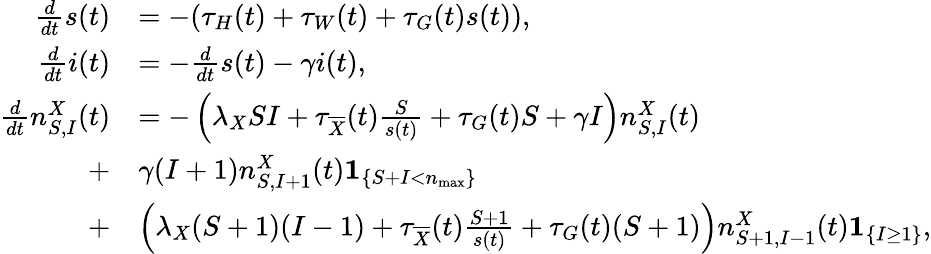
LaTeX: \begin{array}{rl}{\frac{d}{dt}s(t)}&{=-(\tau_{H}(t)+\tau_{W}(t)+\tau_{G}(t)s(t)),}\\ {\frac{d}{dt}i(t)}&{=-\frac{d}{dt}s(t)-\gamma i(t),}\\ {\frac{d}{dt}n_{S,I}^{X}(t)}&{=-\left(\lambda_{X}SI+\tau_{\overline{{X}}}(t)\frac{S}{s(t)}+\tau_{G}(t)S+\gamma I\right)n_{S,I}^{X}(t)}\\ {\; +}&{\gamma(I+1)n_{S,I+1}^{X}(t)\mathbf{1}_{\left\{ S+I<n_{\operatorname*{max}}\right\} }}\\ {\; +}&{\left(\lambda_{X}(S+1)(I-1)+\tau_{\overline{{X}}}(t)\frac{S+1}{s(t)}+\tau_{G}(t)(S+1)\right)n_{S+1,I-1}^{X}(t)\mathbf{1}_{\left\{ I\geq 1\right\} },}\end{array}